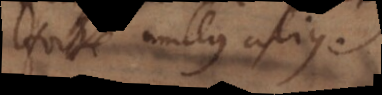
forte nullus alius.